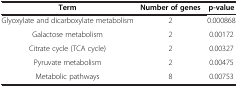
| Term | Number of genes | p-value |
 | --- | --- | --- |
 | Glyoxylate and dicarboxylate metabolism | 2 | 0.000868 |
 | Galactose metabolism | 2 | 0.00172 |
 | Citrate cycle (TCA cycle) | 2 | 0.00327 |
 | Pyruvate metabolism | 2 | 0.00475 |
 | Metabolic pathways | 8 | 0.00753 |